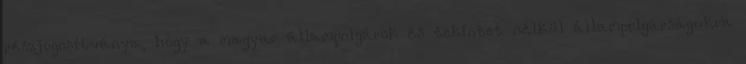
részjogosítványa, hogy a magyar állampolgárok és tekintet nélkül állampolgárságukra